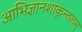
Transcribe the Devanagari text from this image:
आभिज्ञानशाकुन्तलम्